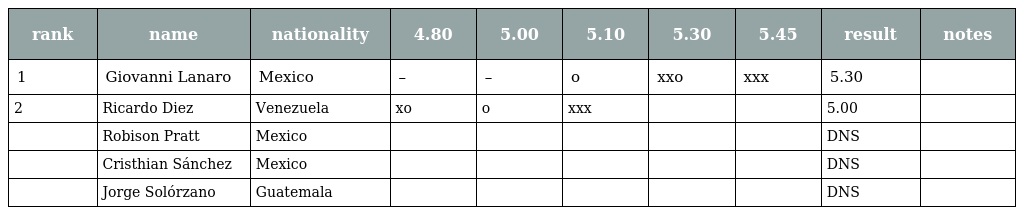
| rank | name | nationality | 4.80 | 5.00 | 5.10 | 5.30 | 5.45 | result | notes |
 | --- | --- | --- | --- | --- | --- | --- | --- | --- | --- |
 | 1 | Giovanni Lanaro | Mexico | – | – | o | xxo | xxx | 5.30 |  |
 | 2 | Ricardo Diez | Venezuela | xo | o | xxx |  |  | 5.00 |  |
 |  | Robison Pratt | Mexico |  |  |  |  |  | DNS |  |
 |  | Cristhian Sánchez | Mexico |  |  |  |  |  | DNS |  |
 |  | Jorge Solórzano | Guatemala |  |  |  |  |  | DNS |  |